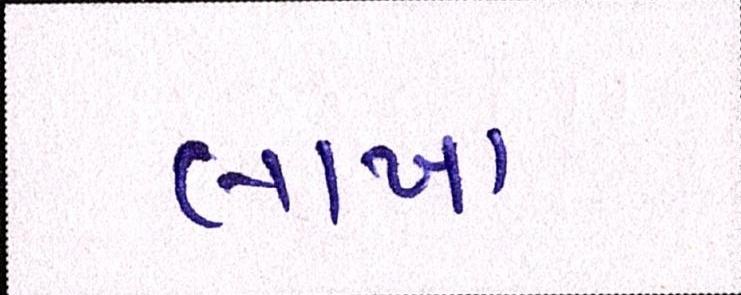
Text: લાખા